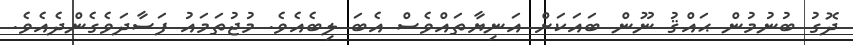
ދޮގު ބުނުމުން ޙައްޤު ނޫން ބައަކަށް އަނިޔާތައްވެސް އެބަ ލިބެއެވެ. މުޖުތަމައު ފަސާދަވެގެންދެއެވެ.